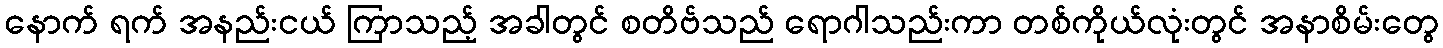
နောက် ရက် အနည်းငယ် ကြာသည့် အခါတွင် စတိဗ်သည် ရောဂါသည်းကာ တစ်ကိုယ်လုံးတွင် အနာစိမ်းတွေ